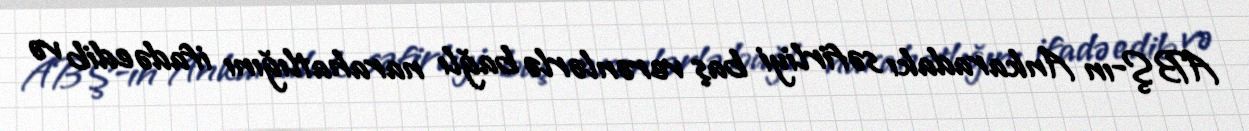
ABŞ-ın Ankaradakı səfirliyi baş verənlərlə bağlı narahatlığını ifadə edib və